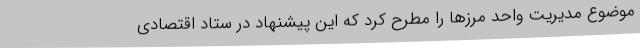
موضوع مدیریت واحد مرزها را مطرح کرد که این پیشنهاد در ستاد اقتصادی